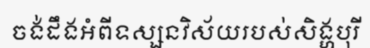
ចង់ដឹងអំពីទស្សនវិស័យរបស់សិង្ហបុរី